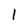
Character: 1